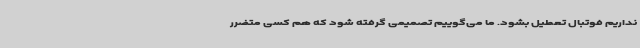
نداریم فوتبال تعطیل بشود. ما می‌گوییم تصمیمی گرفته شود که هم کسی متضرر